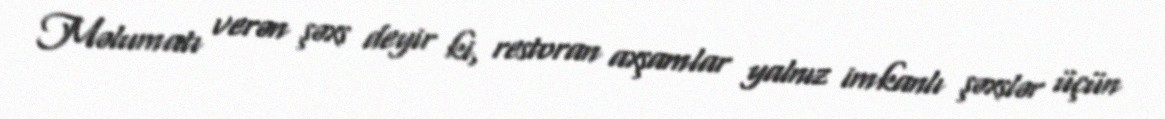
Məlumatı verən şəxs deyir ki, restoran axşamlar yalnız imkanlı şəxslər üçün